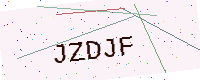
Text: JZDJF